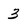
Character: 3